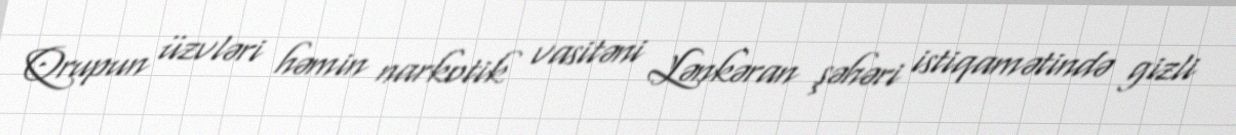
Qrupun üzvləri həmin narkotik vasitəni Lənkəran şəhəri istiqamətində gizli